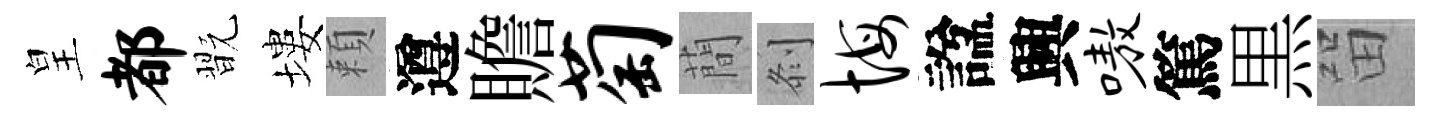
皇都翫塿頼遵贍萄蕳𠛴悔諡興嗷篤黒㽞